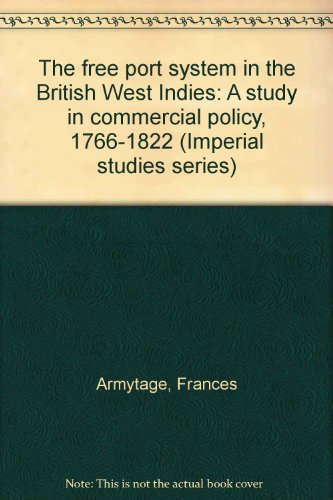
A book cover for The Free Port System in the British West Indies: A Study in Commercial Policy, 1766-1822; Frances Armytage; Business & Money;